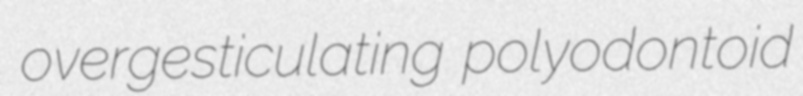
overgesticulating polyodontoid